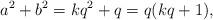
LaTeX: \begin{align*} a^2 + b^2 = kq^2 +q=q(kq+1), \end{align*}